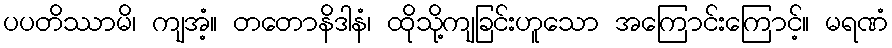
ပပတိဿာမိ၊ ကျအံ့။ တတောနိဒါနံ၊ ထိုသို့ကျခြင်းဟူသော အကြောင်းကြောင့်။ မရဏံ